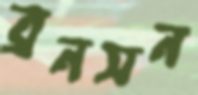
ব্রনসন